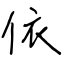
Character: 依